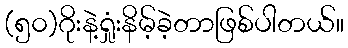
(၅၀)ဂိုးနဲ့ရှုံးနိမ့်ခဲ့တာဖြစ်ပါတယ်။